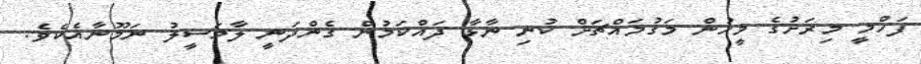
ފަހްމީ މިރަށުގެ މީހުން މަގުމައްޗަށް ކުނި ނާޅާ ދައްކަމުން ގެންދަނީ ލާމަސީލު ނަމޫނާއެކެވެ.